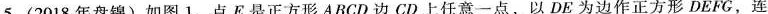
5.(2018年盘锦)如图1，点E是正方形ABCD边CD上任意一点，以DE为边作正方形DEFG，连